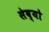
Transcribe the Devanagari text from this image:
सेव्यो